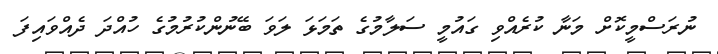
ނުރަސްމީކޮށް މަނާ ކުރެއްވި ގައުމީ ސަލާމުގެ ތަމަޅަ ލަވަ ބޭނުންކުރުމުގެ ހުއްދަ ދެއްވައިފަ